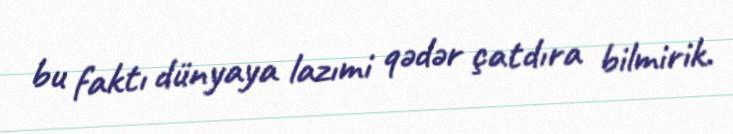
bu faktı dünyaya lazımi qədər çatdıra bilmirik.